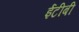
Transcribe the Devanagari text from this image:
ईटीबी